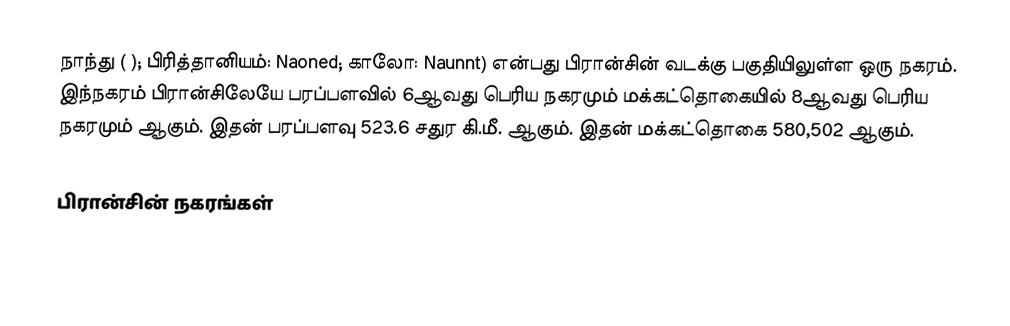
நாந்து ( ); பிரித்தானியம்: Naoned; காலோ: Naunnt) என்பது பிரான்சின் வடக்கு பகுதியிலுள்ள ஒரு நகரம். இந்நகரம் பிரான்சிலேயே பரப்பளவில் 6ஆவது பெரிய நகரமும் மக்கட்தொகையில் 8ஆவது பெரிய நகரமும் ஆகும். இதன் பரப்பளவு 523.6 சதுர கி.மீ. ஆகும். இதன் மக்கட்தொகை 580,502 ஆகும்.

பிரான்சின் நகரங்கள்